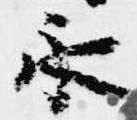
永